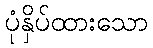
ပုံနှိပ်ထားသော